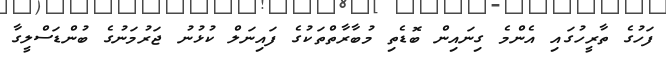
ފަހުގެ ތާރީހުގައި އެންމެ ގިނައިން ބޮޑެތި މުބާރާތްތަކުގެ ފައިނަލް ކުޅުނު ޖަރުމަނުގެ ބުންޑަސްލީގާ